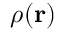
{ \boldsymbol \rho } ( { \bf r } )